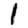
Digit: 1